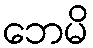
ဘေမိ